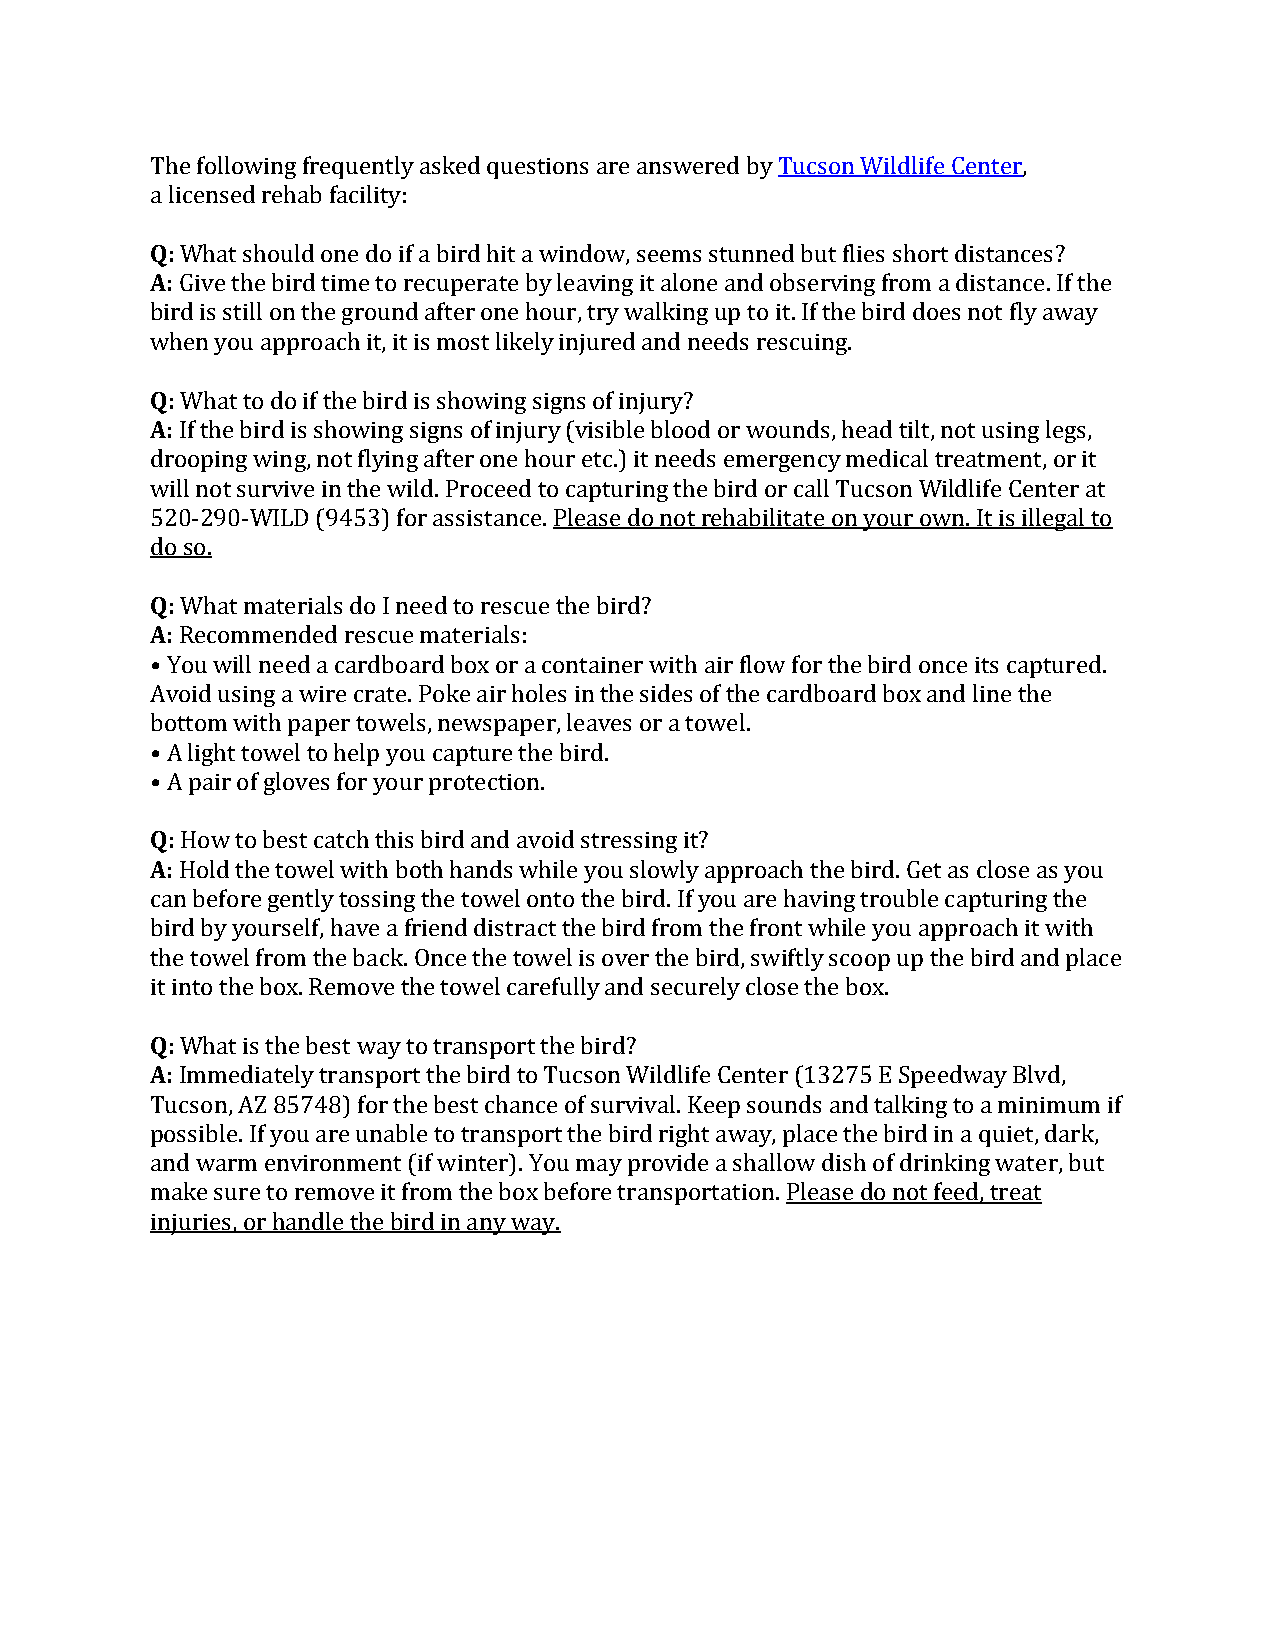
The following frequently asked questions are answered by Tucson Wildlife Center,
 a licensed rehab facility:
 Q: What should one do if a bird hit a window, seems stunned but flies short distances?
 A: Give the bird time to recuperate by leaving it alone and observing from a distance. If the
 bird is still on the ground after one hour, try walking up to it. If the bird does not fly away
 when you approach it, it is most likely injured and needs rescuing.
 Q: What to do if the bird is showing signs of injury?
 A: If the bird is showing signs of injury (visible blood or wounds, head tilt, not using legs,
 drooping wing, not flying after one hour etc.) it needs emergency medical treatment, or it
 will not survive in the wild. Proceed to capturing the bird or call Tucson Wildlife Center at
 520-290-WILD (9453) for assistance. Please do not rehabilitate on your own. It is illegal to
 do so.
 Q: What materials do I need to rescue the bird?
 A: Recommended rescue materials:
 • You will need a cardboard box or a container with air flow for the bird once its captured.
 Avoid using a wire crate. Poke air holes in the sides of the cardboard box and line the
 bottom with paper towels, newspaper, leaves or a towel.
 • A light towel to help you capture the bird.
 • A pair of gloves for your protection.
 Q: How to best catch this bird and avoid stressing it?
 A: Hold the towel with both hands while you slowly approach the bird. Get as close as you
 can before gently tossing the towel onto the bird. If you are having trouble capturing the
 bird by yourself, have a friend distract the bird from the front while you approach it with
 the towel from the back. Once the towel is over the bird, swiftly scoop up the bird and place
 it into the box. Remove the towel carefully and securely close the box.
 Q: What is the best way to transport the bird?
 A: Immediately transport the bird to Tucson Wildlife Center (13275 E Speedway Blvd,
 Tucson, AZ 85748) for the best chance of survival. Keep sounds and talking to a minimum if
 possible. If you are unable to transport the bird right away, place the bird in a quiet, dark,
 and warm environment (if winter). You may provide a shallow dish of drinking water, but
 make sure to remove it from the box before transportation. Please do not feed, treat
 injuries, or handle the bird in any way.